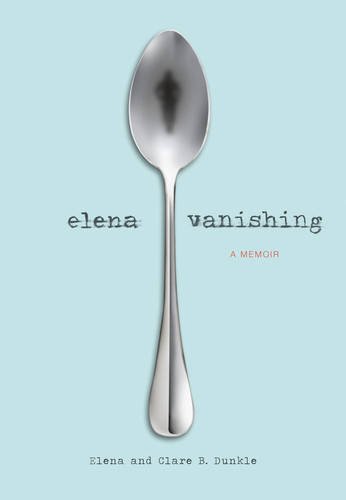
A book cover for Elena Vanishing: A Memoir; Elena Dunkle; Health, Fitness & Dieting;